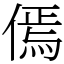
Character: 傿